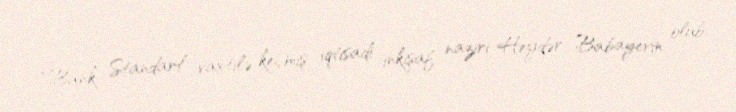
“Bank Standart” vaxtilə keçmiş iqtisadi inkişaf naziri Heydər Babayevin olub.